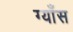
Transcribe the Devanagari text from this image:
ग्याँस